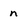
Character: n